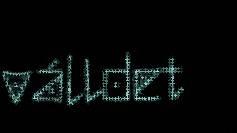
válldet